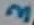
Text: 3